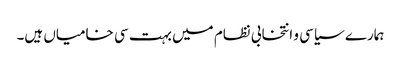
ہمارے سیاسی و انتخابی نظام میں بہت سی خامیاں ہیں۔